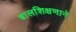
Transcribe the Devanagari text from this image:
बालशिक्षणाने